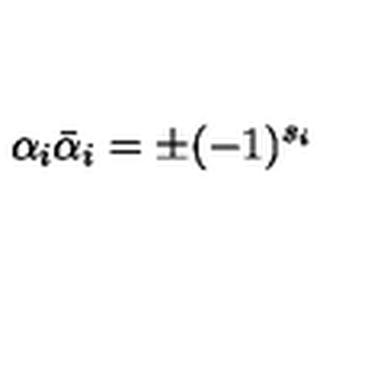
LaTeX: \alpha _ { i } { \bar { \alpha } } _ { i } = \pm ( - 1 ) ^ { s _ { i } }